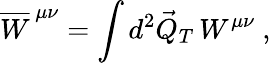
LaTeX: \overline{{W}}^{\, \mu\nu}=\int d^{2}\vec{Q}_{T}\, W^{\mu\nu}\ ,